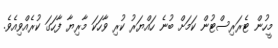
މީހުން ޓެރަރިސްޓުން ކަމަށް ބުނެ ހައްޔަރު ކުރި ވާހަކަ މާރިޔާ ފާހަގަ ކުރެއްވިއެވެ.